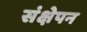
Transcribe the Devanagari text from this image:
संक्षेपन